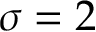
\sigma = 2